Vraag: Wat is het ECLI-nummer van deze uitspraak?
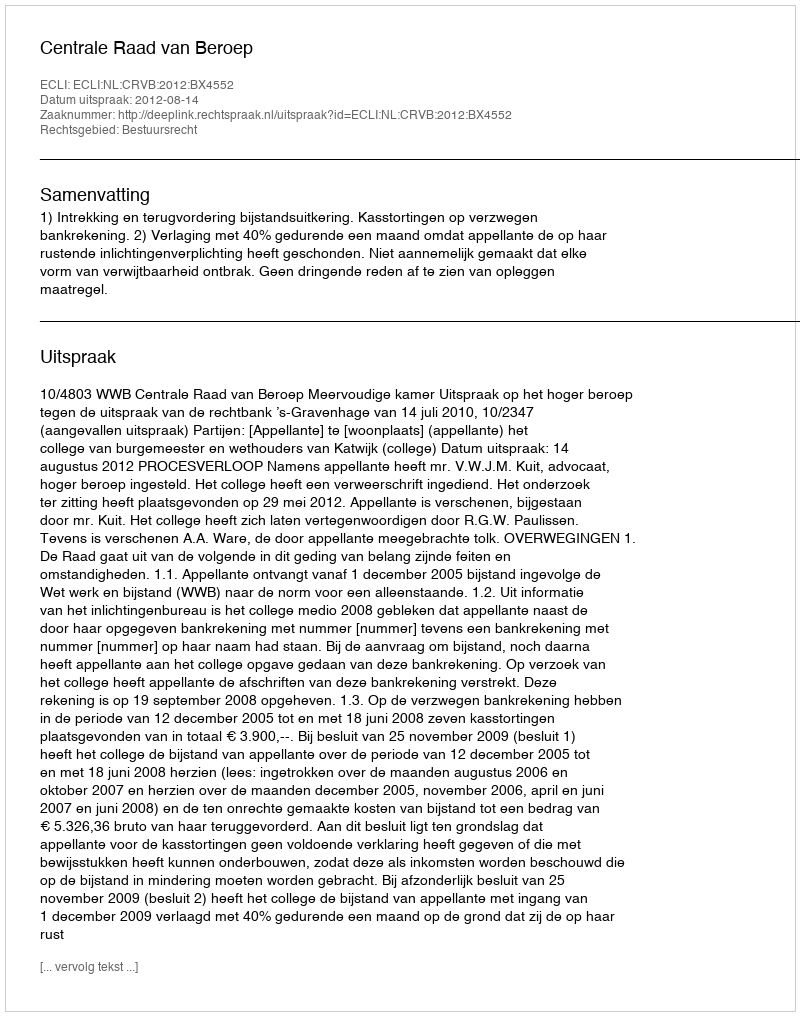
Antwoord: ECLI:NL:CRVB:2012:BX4552